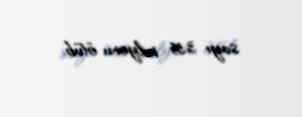
sayı 3,55 milyonu ötüb.